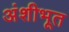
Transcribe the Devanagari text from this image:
अंशीभूत